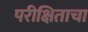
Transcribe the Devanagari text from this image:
परीक्षिताचा